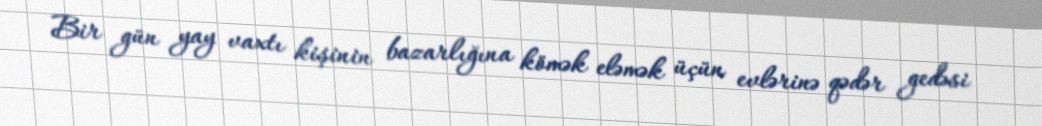
Bir gün yay vaxtı kişinin bazarlığına kömək eləmək üçün evlərinə qədər gedəsi